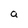
Character: a